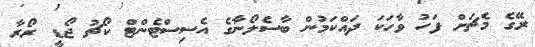
ރޭގެ މެޗަށް ފަހު ވާހަކަ ދައްކަމުން ބާސެލޯނާގެ އެސިސްޓެންޓް ކޯޗު ޖޯޑީ ރޯރާ